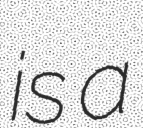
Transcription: is a